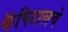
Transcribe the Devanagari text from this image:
कॅपिटालचे